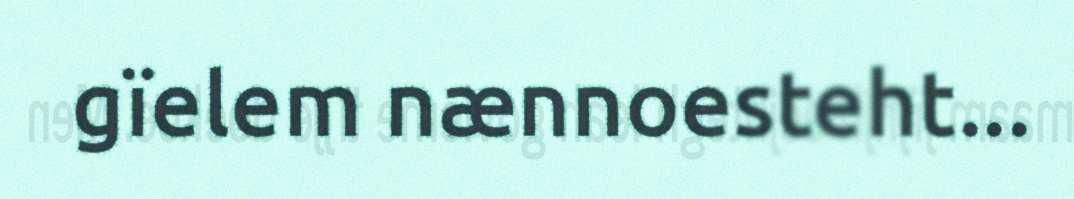
gïelem nænnoesteht...